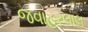
જવાહરલાલ